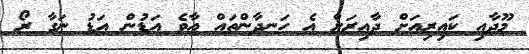
މޫދާއި ކައިރިއަށް ދާއިރަށް އެ ހަނދާންތައް އާވެ އަޑުން އަޑު ނަގާ ރޯ